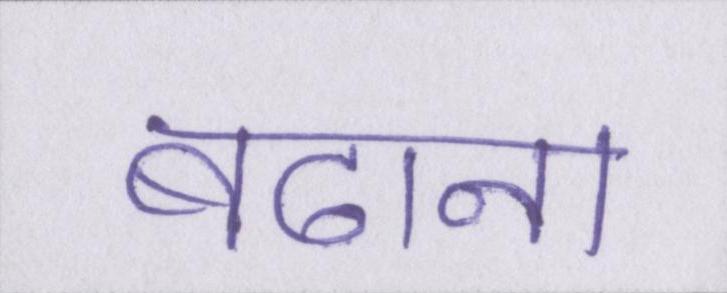
बढाना